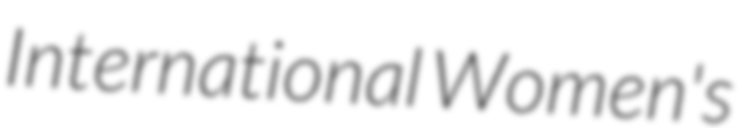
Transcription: International Women's